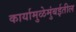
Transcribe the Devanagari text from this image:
कार्यामुळेमुंबईतील